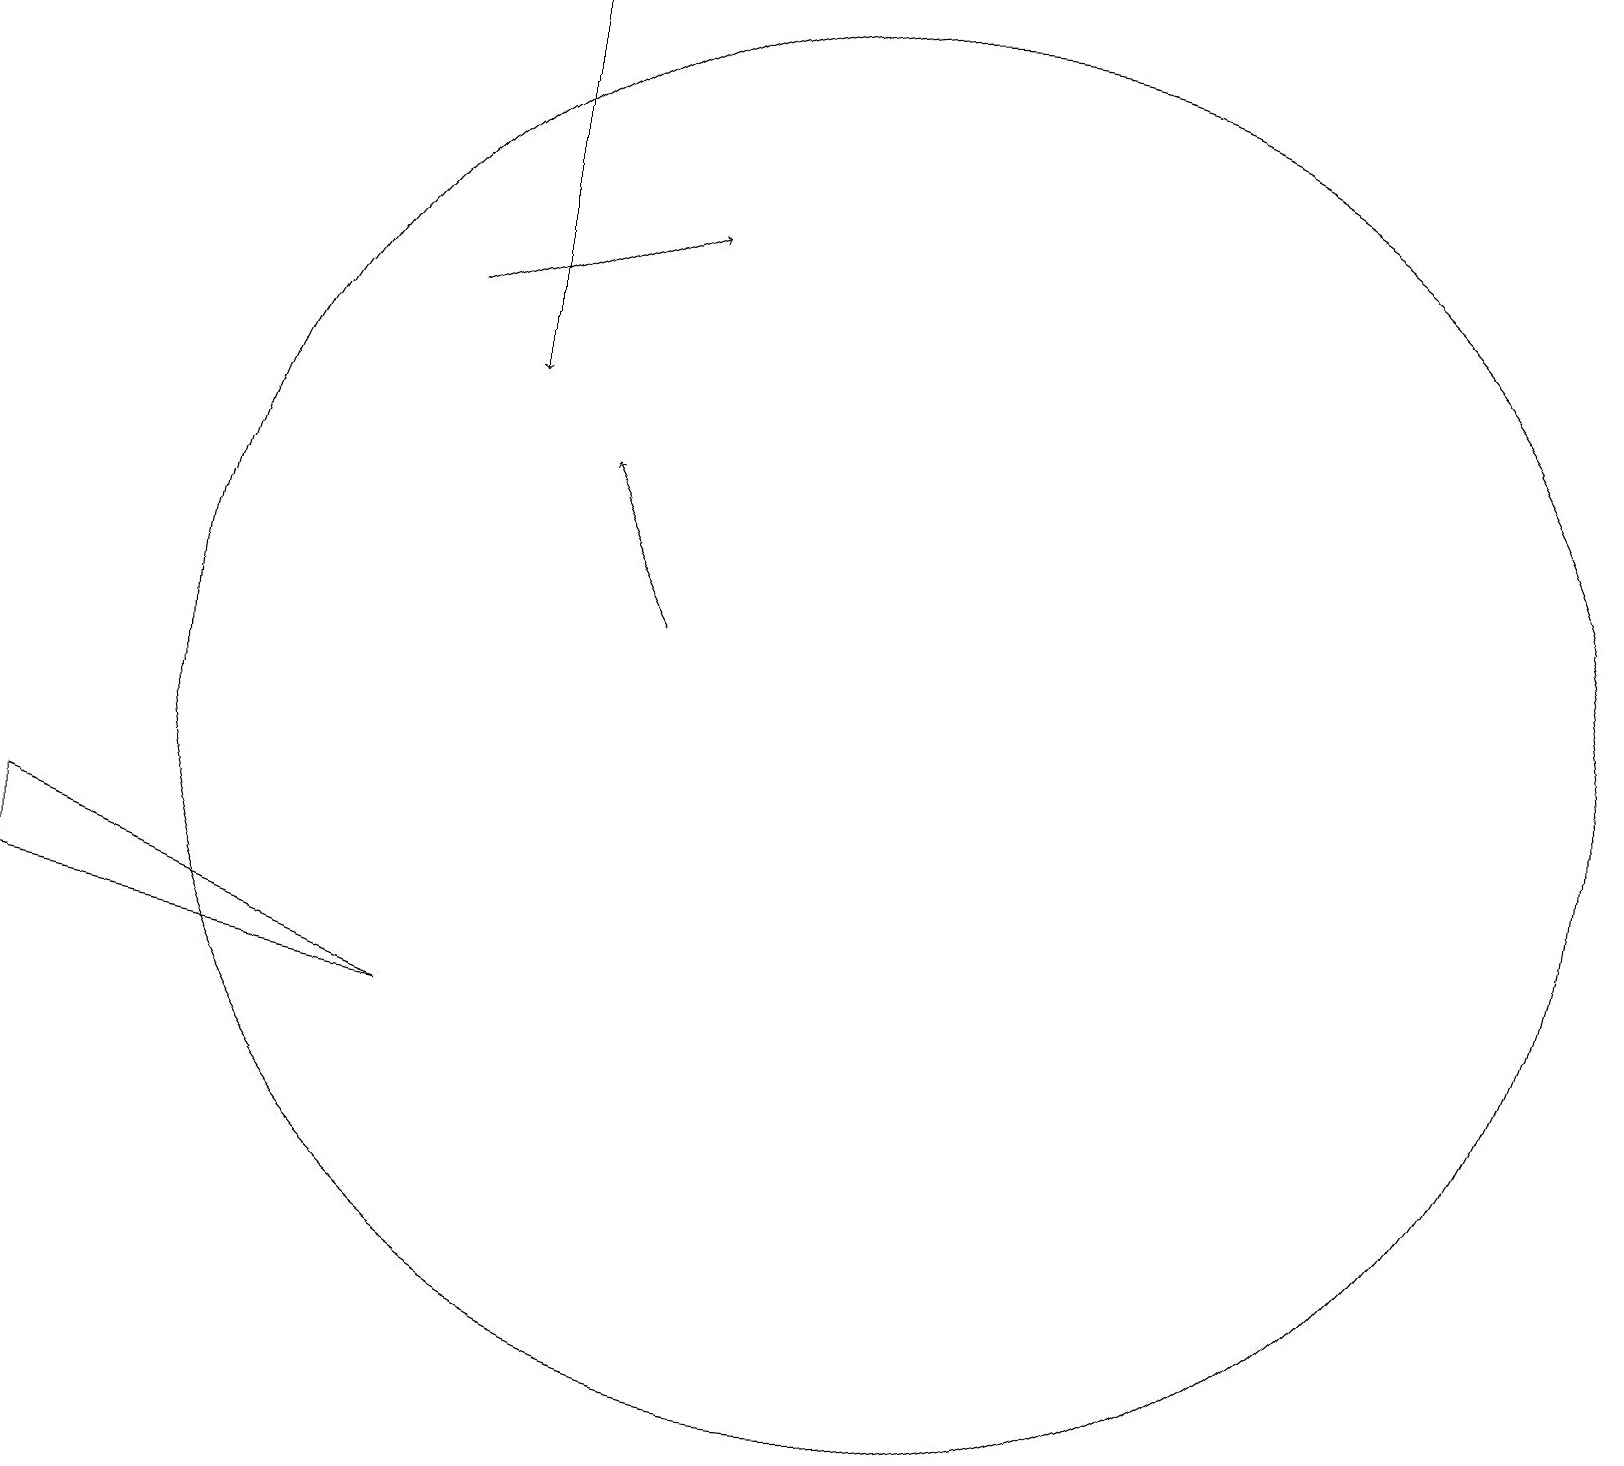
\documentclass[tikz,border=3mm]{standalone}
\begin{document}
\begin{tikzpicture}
\draw[->] (5,15) -- (8,16);
\draw[->] (6,19) -- (6,14);
\draw (0,7) -- (0,8) -- (5,6) -- cycle;
\draw (11,10) circle (9);
\draw[->] (8,11) -- (7,13);
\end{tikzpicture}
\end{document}